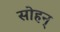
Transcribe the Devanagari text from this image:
सोहन्